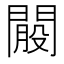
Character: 𨵐